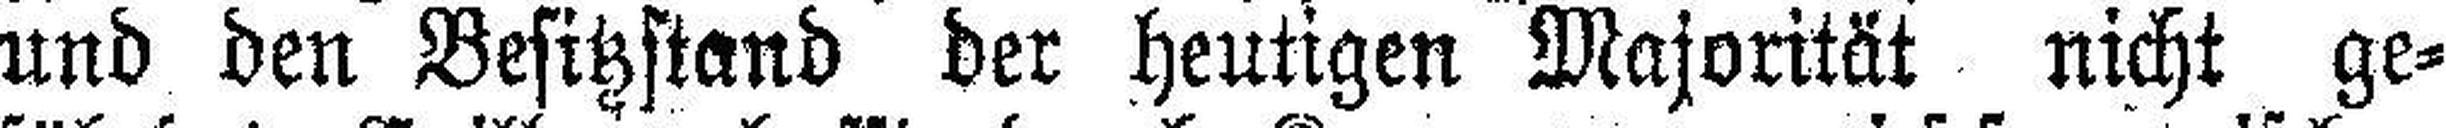
und den Besitzstand der heutigen Majorität nicht ge¬